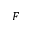
{ \boldsymbol F }